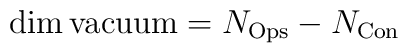
\dim {\rm vacuum} =N_{\rm Ops} - N_{\rm Con}